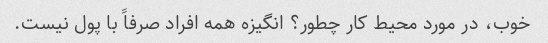
خوب، در مورد محیط کار چطور؟ انگیزه همه افراد صرفاً با پول نیست.